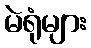
မဲရုံများ